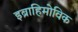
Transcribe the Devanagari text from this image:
इब्राहिमोविक